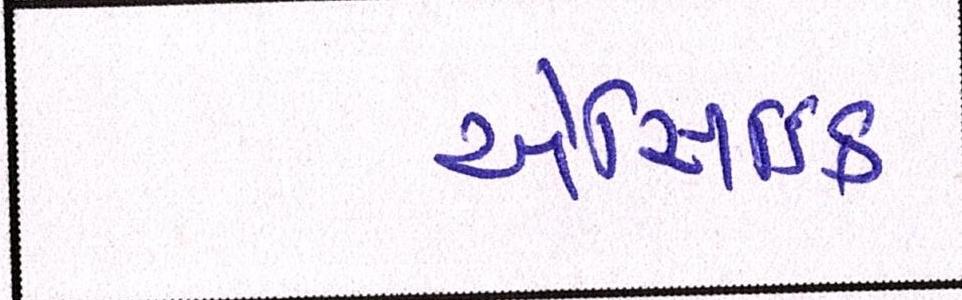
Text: એસિડિક